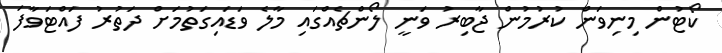
ކޯޓުން މިނިވަން ކުރުމުން ޖާބިރު ވަނީ ލޯންޗެއްގައި މާލެ ވަޑައިގަތުމަށް ދަތުރު ފައްޓަވާފަ